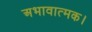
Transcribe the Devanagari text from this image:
अभावात्मक।